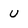
Character: u